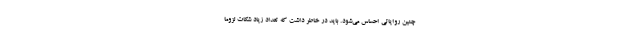
چنین روایاتی احساس می‌شود. باید در خاطر داشت که تعداد زیاد شکات لزوماٌ